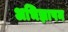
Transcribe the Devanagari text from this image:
अभिज्ञापन